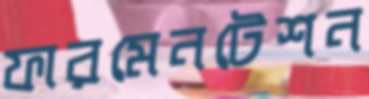
ফারমেনটেশন